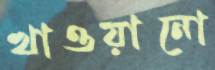
খাওয়ানো